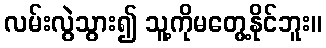
လမ်းလွဲသွား၍ သူ့ကိုမတွေ့နိုင်ဘူး။